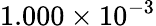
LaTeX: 1.000\times 10^{-3}